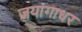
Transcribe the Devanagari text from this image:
जयांगाधर